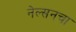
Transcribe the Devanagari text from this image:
नेल्सनचा